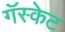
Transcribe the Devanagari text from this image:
गॅस्केट